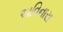
અવિનાસ